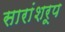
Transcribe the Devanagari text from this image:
सारांशरूप